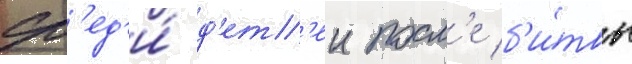
ср'ед'и́ д'ет'еи посл'е б'и́твы